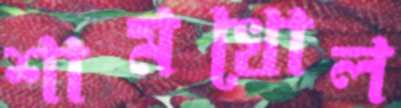
শামখোল